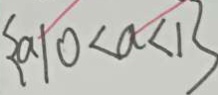
\{ a \vert 0 < a < 1 r i g h t \}